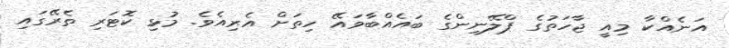
އަނެއްކާ މިއީ ޖާހަތުގެ ޕްލޭނިންގެ ބައެއްބާވައޭ ހިތަށް އެރިއެވެ. މުޅި ކޮޓަރި ތެރޭގައި